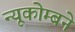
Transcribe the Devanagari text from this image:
न्यूकोम्बने